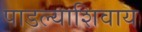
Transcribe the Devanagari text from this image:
पाडल्याशिवाय